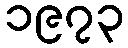
၁၉၇၃